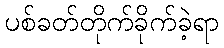
ပစ်ခတ်တိုက်ခိုက်ခဲ့ရာ